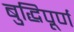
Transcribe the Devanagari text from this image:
बुद्धिपूर्ण